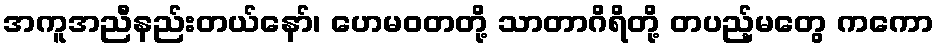
အကူအညီနည်းတယ်နော်၊ ဟေမဝတတို့ သာတာဂိရိတို့ တပည့်မတွေ ကကော